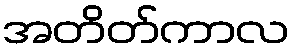
အတိတ်ကာလ